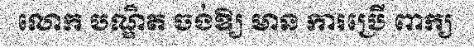
លោក បណ្ឌិត ចង់ឱ្យ មាន ការប្រើ ពាក្យ